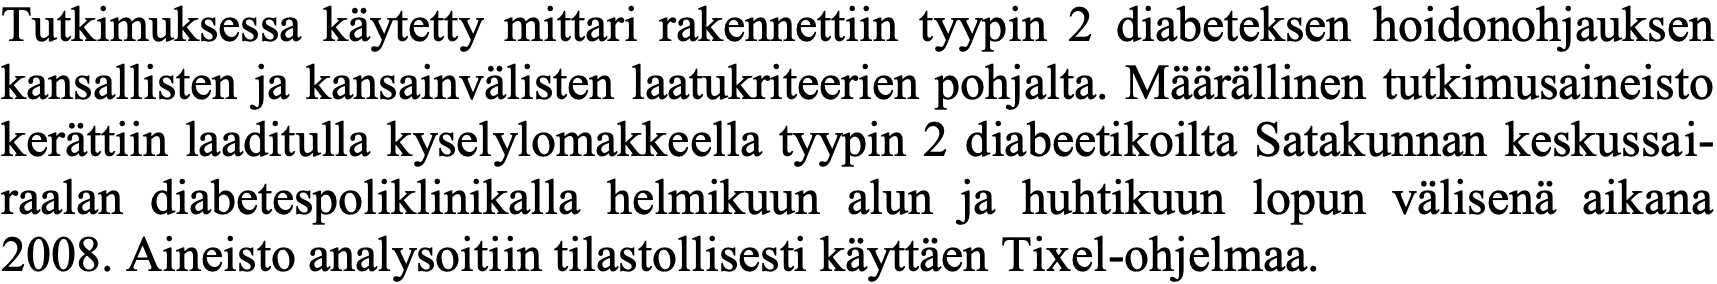
Tutkimuksessa käytetty mittari rakennettiin tyypin 2 diabeteksen hoidonohjauksen kansallisten ja kansainvälisten laatukriteerien pohjalta. Määrällinen tutkimusaineisto kerättiin laaditulla kyselylomakkeella tyypin 2 diabeetikoilta Satakunnan keskussai- raalan diabetespoliklinikalla helmikuun alun ja huhtikuun lopun välisenä aikana 2008. Aineisto analysoitiin tilastollisesti käyttäen Tixel-ohjelmaa.